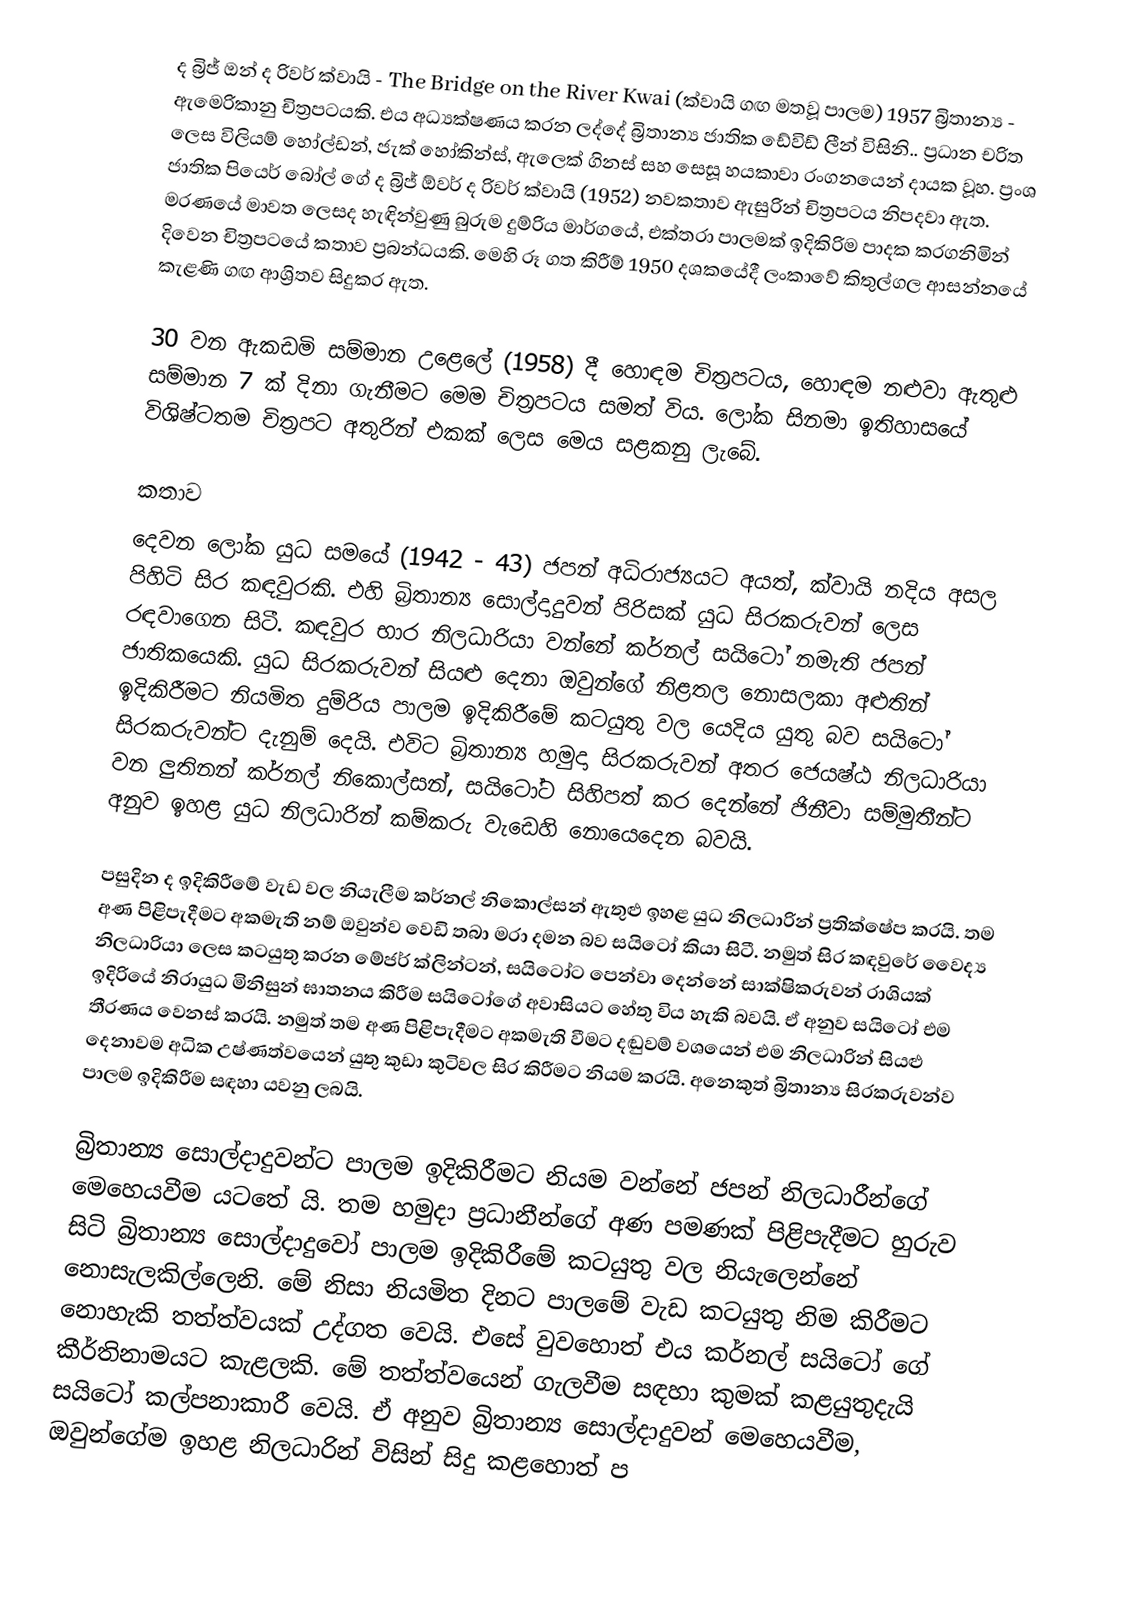
ද බ්‍රිජ් ඔන් ද රිවර් ක්වායි - The Bridge on the River Kwai (ක්වායි ගඟ මතවූ පාලම) 1957 බ්‍රිතාන්‍ය - ඇමෙරිකානු චිත්‍රපටයකි. එය අධ්‍යක්ෂණය කරන ලද්දේ බ්‍රිතාන්‍ය ජාතික ඩේවිඩ් ලීන් විසිනි.. ප්‍රධාන චරිත ලෙස විලියම් හෝල්ඩන්, ජැක් හෝකින්ස්, ඇලෙක් ගිනස් සහ සෙසූ හයකාවා රංගනයෙන් දායක වූහ. ප්‍රංශ ජාතික පියෙර් බෝල් ගේ ද බ්‍රිජ් ඕවර් ද රිවර් ක්වායි (1952) නවකතාව ඇසුරින් චිත්‍රපටය නිපදවා ඇත. මරණයේ මාවත ලෙසද හැඳින්වුණු බුරුම දුම්රිය මාර්ගයේ, එක්තරා පාලමක් ඉදිකිරිම පාදක කරගනිමින් දිවෙන චිත්‍රපටයේ කතාව ප්‍රබන්ධයකි. මෙහි රූ ගත කිරීම්  1950  දශකයේදී  ලංකාවේ කිතුල්ගල ආසන්නයේ කැළණි ගඟ ආශ්‍රිතව සිදුකර ඇත.

30 වන ඇකඩමි සම්මාන උළෙලේ (1958) දී හොඳම චිත්‍රපටය, හොඳම නළුවා ඇතුළු සම්මාන 7 ක් දිනා ගැනීමට මෙම චිත්‍රපටය සමත් විය. ලෝක සිනමා ඉතිහාසයේ විශිෂ්ටතම චිත්‍රපට අතුරින් එකක් ලෙස මෙය සළකනු ලැබේ.

කතාව
දෙවන ලෝක යුධ සමයේ (1942 - 43) ජපන් අධිරාජ්‍යයට අයත්, ක්වායි නදිය අසල පිහිටි සිර කඳවුරකි. එහි බ්‍රිතාන්‍ය සොල්දාදුවන් පිරිසක් යුධ සිරකරුවන් ලෙස රඳවාගෙන සිටී. කඳවුර භාර නිලධාරියා වන්නේ කර්නල් සයිටෝ නමැති ජපන් ජාතිකයෙකි. යුධ සිරකරුවන් සියළු දෙනා ඔවුන්ගේ නිළතල නොසලකා අළුතින් ඉදිකිරීමට නියමිත දුම්රිය පාලම ඉදිකිරීමේ කටයුතු වල යෙදිය යුතු බව සයිටෝ සිරකරුවන්ට දැනුම් දෙයි. එවිට බ්‍රිතාන්‍ය හමුදා සිරකරුවන් අතර ජෙයෂ්ඨ නිලධාරියා වන ලුතිනන් කර්නල් නිකොල්සන්, සයිටෝට සිහිපත් කර දෙන්නේ ජිනීවා සම්මුතීන්ට අනුව ඉහළ යුධ නිලධාරින් කම්කරු වැඩෙහි නොයෙදෙන බවයි.

පසුදින ද ඉදිකිරීමේ වැඩ වල නියැලීම කර්නල් නිකොල්සන් ඇතුළු ඉහළ යුධ නිලධාරින් ප්‍රතික්ෂේප කරයි. තම අණ පිළිපැදීමට අකමැති නම් ඔවුන්ව වෙඩි තබා මරා දමන බව සයිටෝ කියා සිටී. නමුත් සිර කඳවුරේ වෛද්‍ය නිලධාරියා ලෙස කටයුතු කරන මේජර් ක්ලින්ටන්, සයිටෝට පෙන්වා දෙන්නේ සාක්ෂිකරුවන් රාශියක් ඉදිරියේ නිරායුධ මිනිසුන් ඝාතනය කිරීම සයිටෝගේ අවාසියට හේතු විය හැකි බවයි. ඒ අනුව සයිටෝ එම තීරණය වෙනස් කරයි. නමුත් තම අණ පිළිපැදීමට අකමැති වීමට දඬුවම් වශයෙන් එම නිලධාරින් සියළු දෙනාවම අධික උෂ්ණත්වයෙන් යුතු කුඩා කුටිවල සිර කිරීමට නියම කරයි. අනෙකුත් බ්‍රිතාන්‍ය සිරකරුවන්ව පාලම ඉදිකිරීම සඳහා යවනු ලබයි.

බ්‍රිතාන්‍ය සොල්දාදුවන්ට පාලම ඉදිකිරීමට නියම වන්නේ ජපන් නිලධාරීන්ගේ මෙහෙයවීම යටතේ යි. තම හමුදා ප්‍රධානීන්ගේ අණ පමණක් පිළිපැදීමට හුරුව සිටි බ්‍රිතාන්‍ය සොල්දාදුවෝ පාලම ඉදිකිරීමේ කටයුතු වල නියැලෙන්නේ නොසැලකිල්ලෙනි. මේ නිසා නියමිත දිනට පාලමේ වැඩ කටයුතු නිම කිරීමට නොහැකි තත්ත්වයක් උද්ගත වෙයි. එසේ වුවහොත් එය කර්නල් සයිටෝ ගේ කීර්තිනාමයට කැළලකි. මේ තත්ත්වයෙන් ගැලවීම සඳහා කුමක් කළයුතුදැයි සයිටෝ කල්පනාකාරී වෙයි. ඒ අනුව බ්‍රිතාන්‍ය සොල්දාදුවන් මෙහෙයවීම, ඔවුන්ගේම ඉහළ නිලධාරින් විසින් සිදු කළහොත් ප